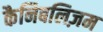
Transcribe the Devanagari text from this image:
कैनिबलिज़म